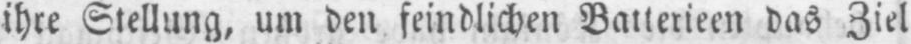
ihre Stellung, um den feindlichen Batterieen das Ziel